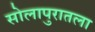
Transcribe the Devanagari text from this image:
सोलापुरातला